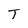
Character: T